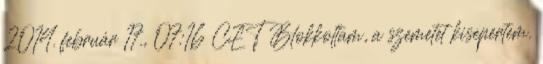
2014. február 17., 07:16 CET Blokkoltam, a szemetet kisepertem.